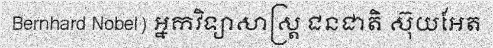
Bernhard Nobel) អ្នកវិទ្យាសាស្ត្រ ជនជាតិ ស៊ុយអែត